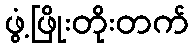
ဖွံ့ဖြိုးတိုးတက်